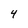
Character: 4